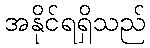
အနိုင်ရရှိသည်